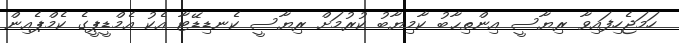
ހަމަޖެހިފައިވާ ރިޔާސީ އިންތިޙާބު ކާމިޔާބު ކުރުމަށް ރިޔާސީ ކެނޑިޑޭޓާ އެކު އެމްޑީޕީގެ ކެމްޕެއިން